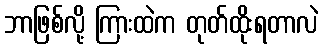
ဘာဖြစ်လို့ ကြားထဲက တုတ်ထိုးရတာလဲ